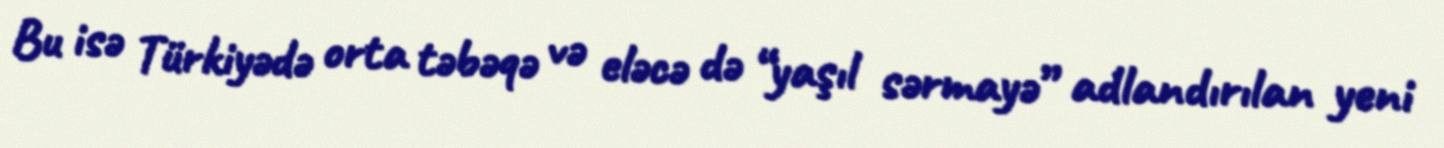
Bu isə Türkiyədə orta təbəqə və eləcə də “yaşıl sərmayə” adlandırılan yeni